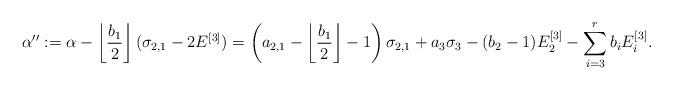
LaTeX: \begin{align*}\alpha '' := \alpha - \left\lfloor \frac{b_1}{2} \right\rfloor(\sigma_{2,1} - 2E^{[3]}) = \left(a_{2,1} - \left\lfloor \frac{b_1}{2} \right\rfloor - 1\right)\sigma_{2,1} + a_3\sigma_3 -(b_2-1)E_2^{[3]} - \sum_{i=3}^{r} b_i E_i^{[3]}.\end{align*}